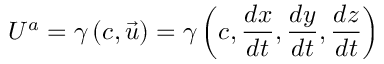
U ^ { a } = \gamma \left( c , { \vec { u } } \right) = \gamma \left( c , { \frac { d x } { d t } } , { \frac { d y } { d t } } , { \frac { d z } { d t } } \right)